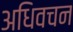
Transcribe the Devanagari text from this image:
अधिवचन